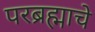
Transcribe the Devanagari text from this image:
परब्रह्माचे